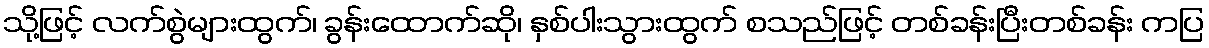
သို့ဖြင့် လက်စွဲများထွက်၊ ခွန်းထောက်ဆို၊ နှစ်ပါးသွားထွက် စသည်ဖြင့် တစ်ခန်းပြီးတစ်ခန်း ကပြ